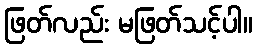
ဖြတ်လည်း မဖြတ်သင့်ပါ။